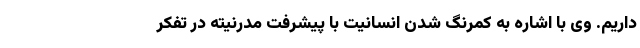
داریم. وی با اشاره به کمرنگ شدن انسانیت با پیشرفت مدرنیته در تفکر